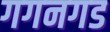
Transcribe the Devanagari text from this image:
गगनगड